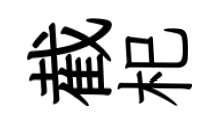
截𣏌